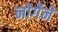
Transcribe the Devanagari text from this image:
नोर्गेने